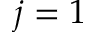
j = 1